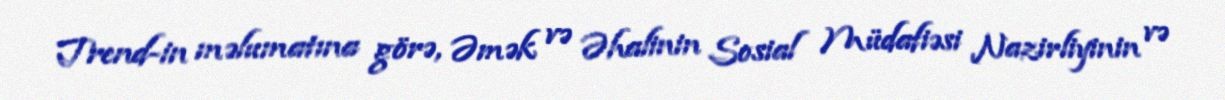
Trend-in məlumatına görə, Əmək və Əhalinin Sosial Müdafiəsi Nazirliyinin və